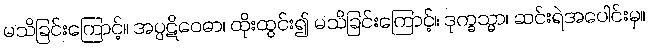
မသိခြင်းကြောင့်။ အပ္ပဋိဝေဓာ၊ ထိုးထွင်း၍ မသိခြင်းကြောင့်။ ဒုက္ခသ္မာ၊ ဆင်းရဲအပေါင်းမှ။